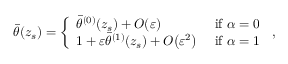
\begin{array} { r } { \bar { \theta } ( z _ { s } ) = \left\{ \begin{array} { l l } { \bar { \theta } ^ { ( 0 ) } ( z _ { s } ) + { O } \! \left( { \varepsilon } \right) } & { \mathrm { ~ i f ~ } \alpha = 0 } \\ { 1 + { \varepsilon } \bar { \theta } ^ { ( 1 ) } ( z _ { s } ) + { O } \! \left( { \varepsilon } ^ { 2 } \right) } & { \mathrm { ~ i f ~ } \alpha = 1 } \end{array} \right. \, , } \end{array}